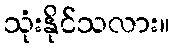
သုံးနိုင်သလား။